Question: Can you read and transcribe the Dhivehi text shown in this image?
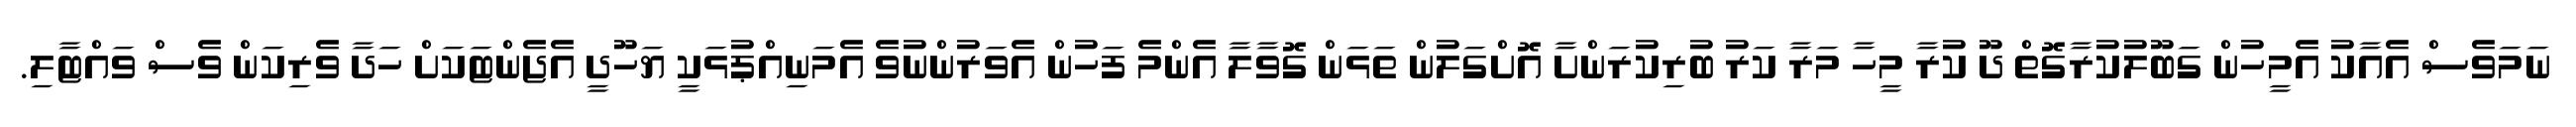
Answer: ނަމަވެސް އެއާކު އެމީހުން ގަބޫލުކުރާގޮތް ދޫ ކުރާ މީހާ މަރާ ކަރު ބުރިކުރަންށާ އޮށްގަލުން ތަޅަން ގޮވާލާ އެންމެ ފަހުން އެވަރުންނުވެ އެމަނިއްޕުޅަކީ ޔަހޫދީ އެޖެންޓަކަށް ހަދާ ވެރިކަން ވެސް ވައްޓާލި.